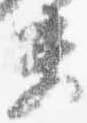
夫